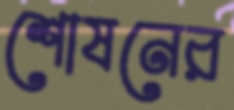
শোষনের